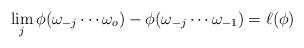
LaTeX: \begin{align*}\lim_j \phi(\omega_{-j} \cdots \omega_o) - \phi(\omega_{-j}\cdots \omega_{-1}) = \ell(\phi)\end{align*}